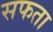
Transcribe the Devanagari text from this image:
सफता